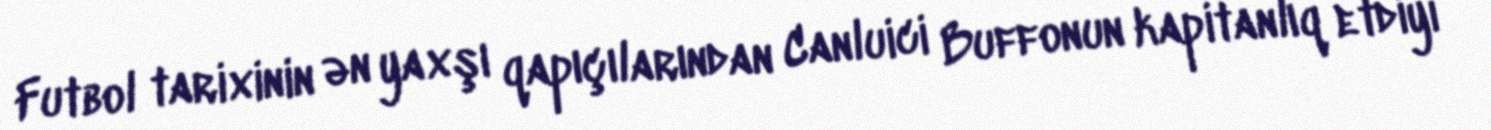
Futbol tarixinin ən yaxşı qapıçılarından Canluici Buffonun kapitanlıq etdiyi